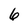
Character: 6